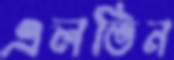
এলভিন